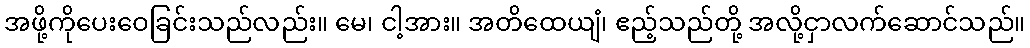
အဖို့ကိုပေးဝေခြင်းသည်လည်း။ မေ၊ ငါ့အား။ အတိထေယျံ၊ ဧည့်သည်တို့ အလို့ငှာလက်ဆောင်သည်။